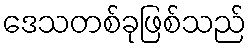
ဒေသတစ်ခုဖြစ်သည်